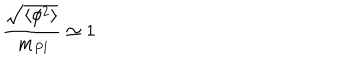
LaTeX: \frac { \sqrt { \langle \phi ^ { 2 } \rangle } } { \, m _ { P l } } \simeq 1